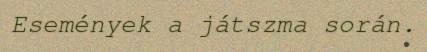
Események a játszma során.